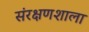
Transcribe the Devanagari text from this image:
संरक्षणशाला